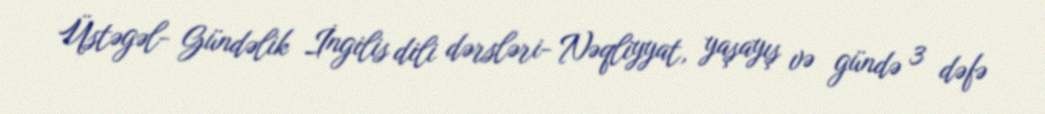
Üstəgəl- Gündəlik İngilis dili dərsləri- Nəqliyyat, yaşayış və gündə 3 dəfə